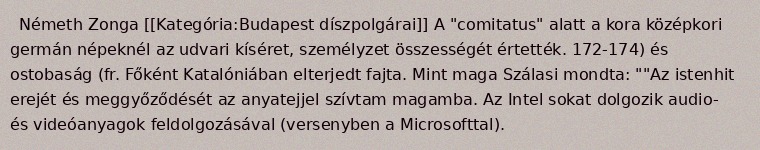
Németh Zonga [[Kategória:Budapest díszpolgárai]] A "comitatus" alatt a kora középkori germán népeknél az udvari kíséret, személyzet összességét értették. 172-174) és ostobaság (fr. Főként Katalóniában elterjedt fajta. Mint maga Szálasi mondta: ""Az istenhit erejét és meggyőződését az anyatejjel szívtam magamba. Az Intel sokat dolgozik audio- és videóanyagok feldolgozásával (versenyben a Microsofttal).